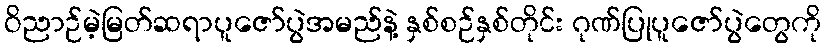
ဝိညာဉ်မဲ့မြတ်ဆရာပူဇော်ပွဲအမည်နဲ့ နှစ်စဉ်နှစ်တိုင်း ဂုဏ်ပြုပူဇော်ပွဲတွေကို